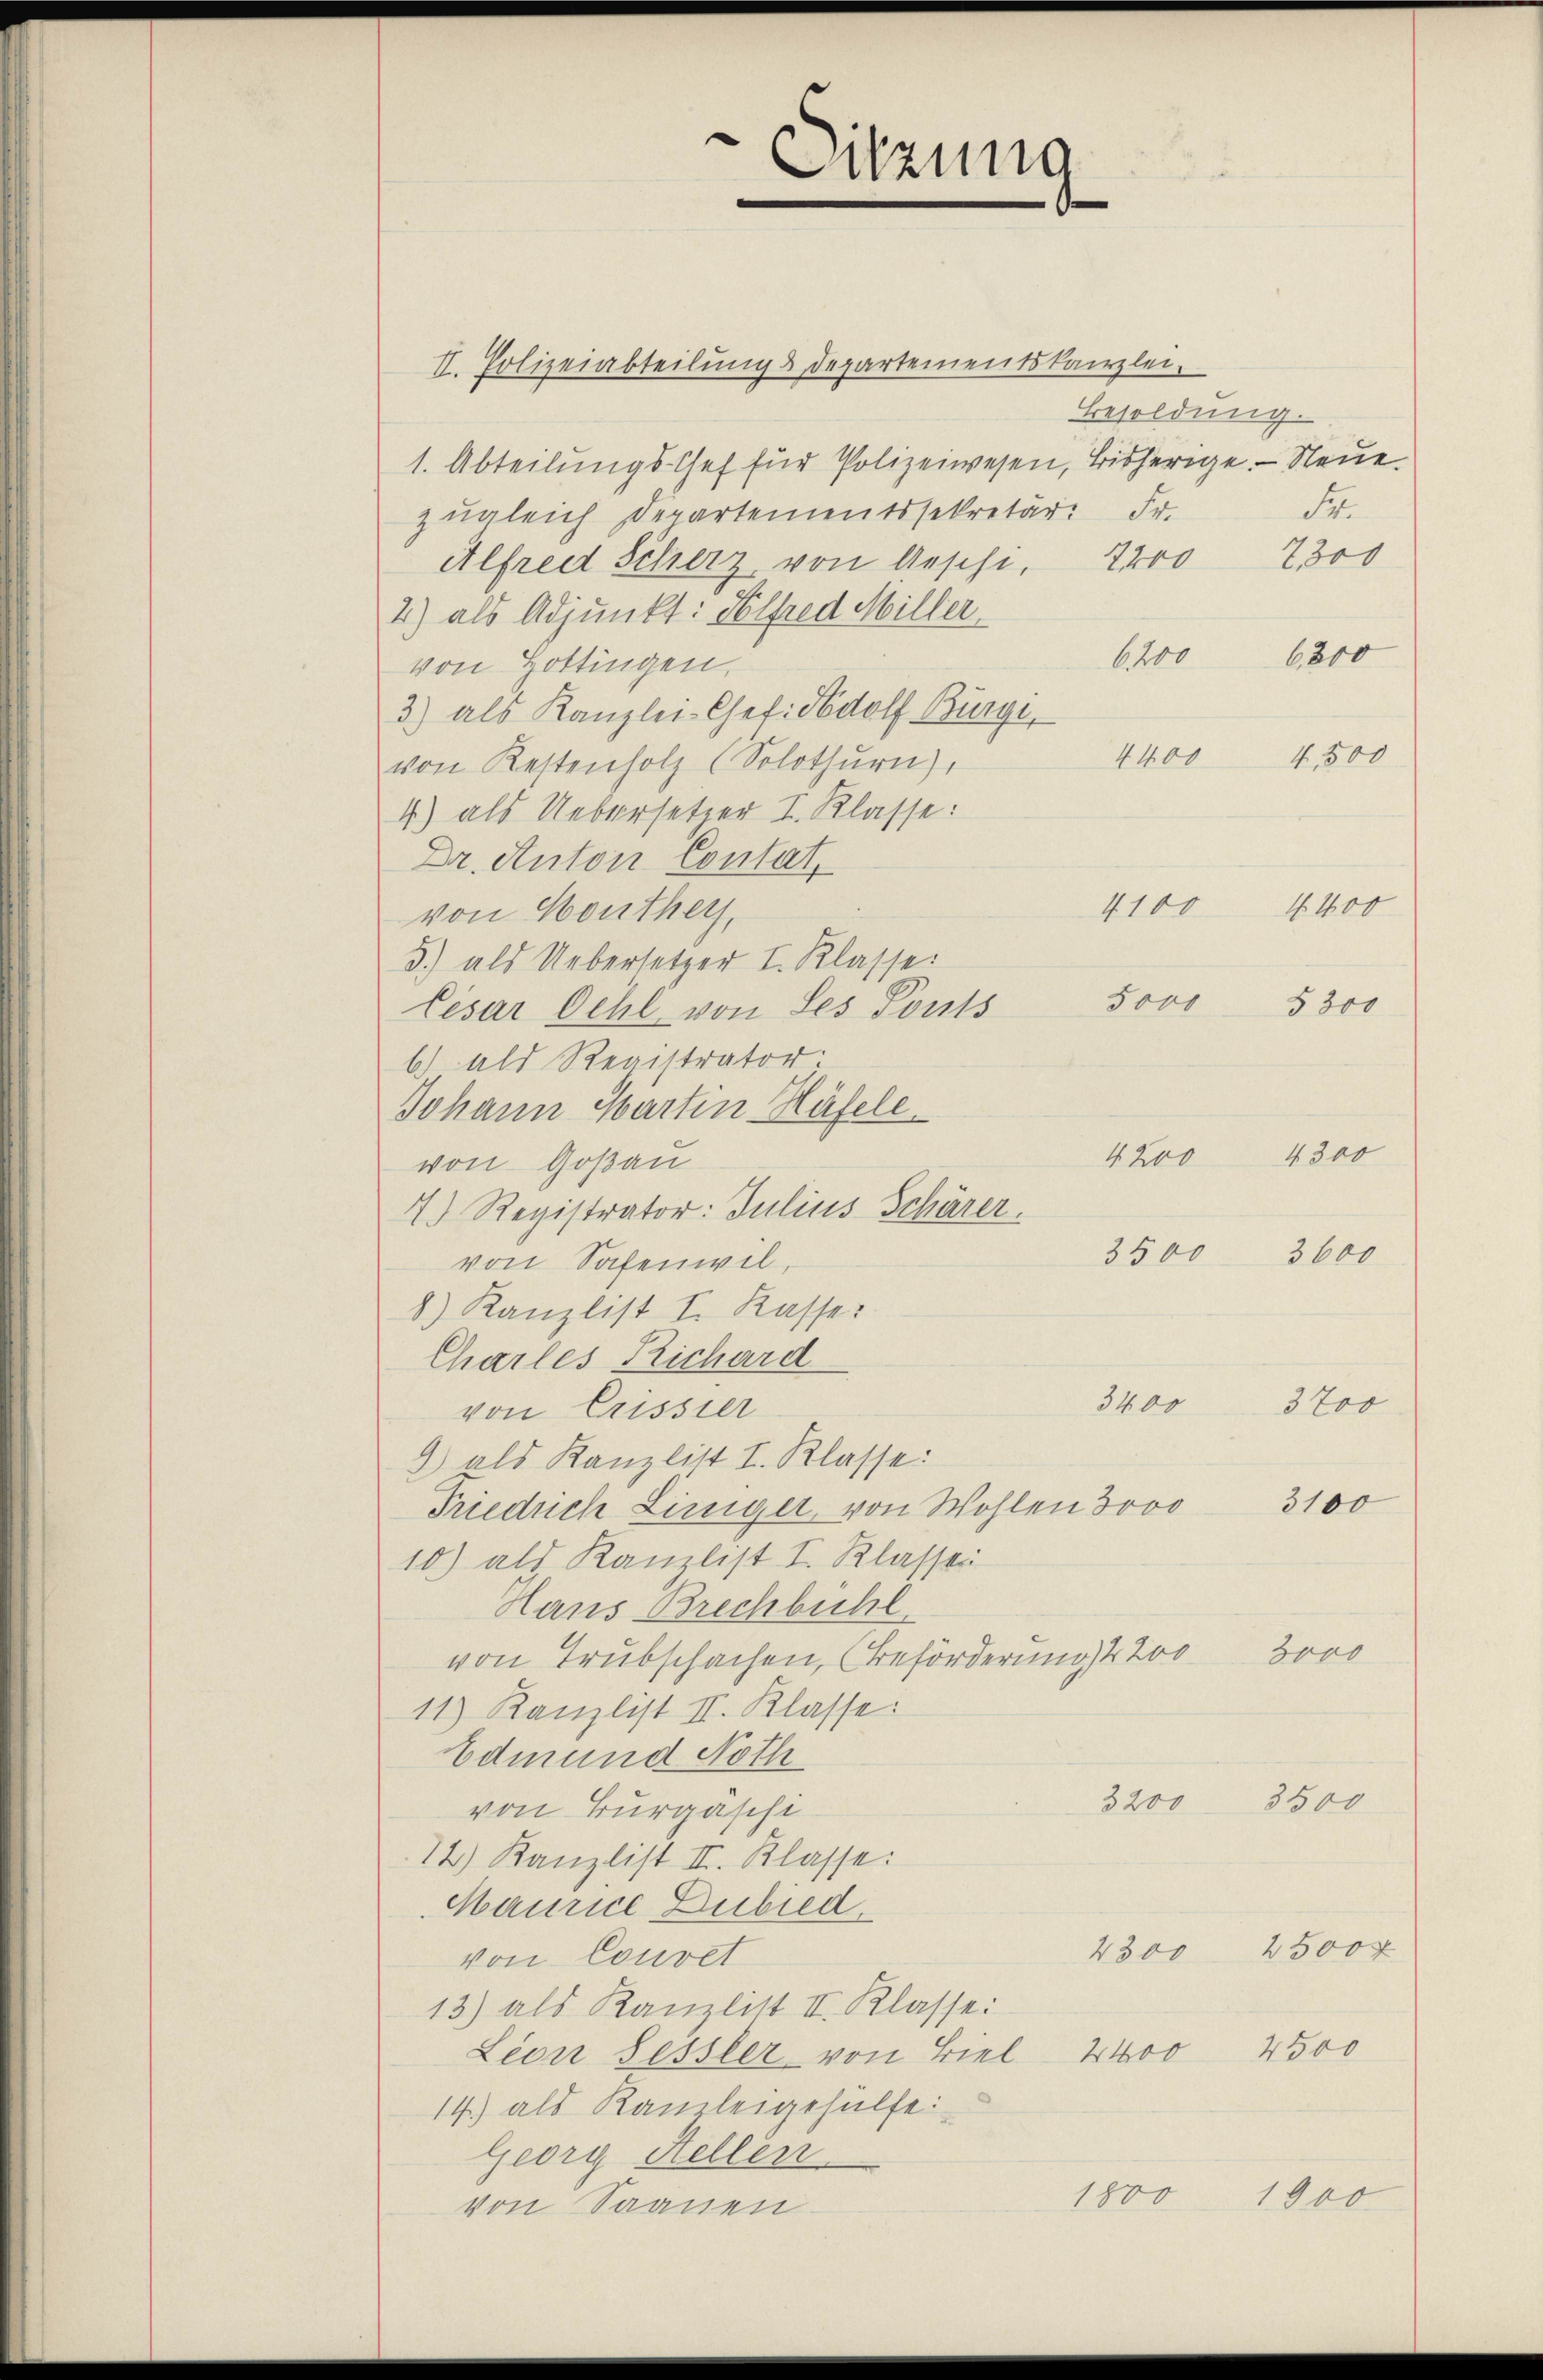
II. Polizeiabteilung & Departementskanzlei-
Besoldung.
1. Abteilungs-Chef für Polizeiwesen, bisherige. — Neue
Sr.
zugleich Departementssekretär: Fr.
Alfred Scherz von Aeschi. 2200 2300
2) als Adjunkt: Helfred Miller
von Hottingen.
3) als Kanzlei-Chef. Nodolf Bürge,
4400
4,300
von Kestenholz (Solothurn),
4) als Uebersetzer I. Klasse:
Dr. Anton Contat,
von Monthey,
5) als Uebersetzer I. Klasse
Cesar Oehl von Les Ponts
b.) als Registrator
Johann Hartin Häfele
von Goßau
7.) Registrator: Julius Schärer,
von Safenwil,
8) Kanzlist I. Kasse:
Charles Richard
3400
3700
von Crissier
9 als Kanzlist I. Klasse:
3100
Friedrich Liniger, von Wohlen 3000
10) als Kanzlist I. Klasser
Haus Brechbühl
Bort
von Trubschachen, (Beförderung 4200
11) Kanzlist II. Klasse:
Edmund Noth
3200
3500
von Burgeschi
12) Kanzlist II. Klasse:
Maurice Bubied.
4300 2500 x
von Couvel
13) als Kanzlist II. Klasse:
4400 4500
Lion Sessler von Biel
14.) als Kanzleigehülfe
Georg Stellen.
1800 1900
von Saanen

¬
Sitzung

4100

No. 400
3000
5200
4300
4200
3500
3600

6200 6800